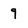
Character: 9